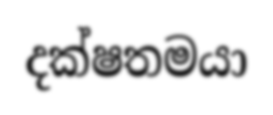
දක්ෂතමයා